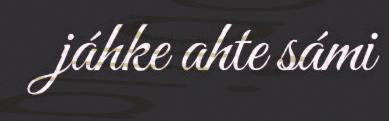
jáhke ahte sámi